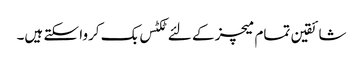
شائقین تمام میچز کے لئے ٹکٹس بک کروا سکتے ہیں۔